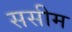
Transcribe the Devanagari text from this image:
ससीम